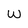
Character: w